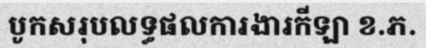
បូកសរុបលទ្ធផលការងារកីឡា ខ.ភ.